Civil Veterinary Dept. Bombay admin report 1923-31 - 1923-1931
Year: 1923
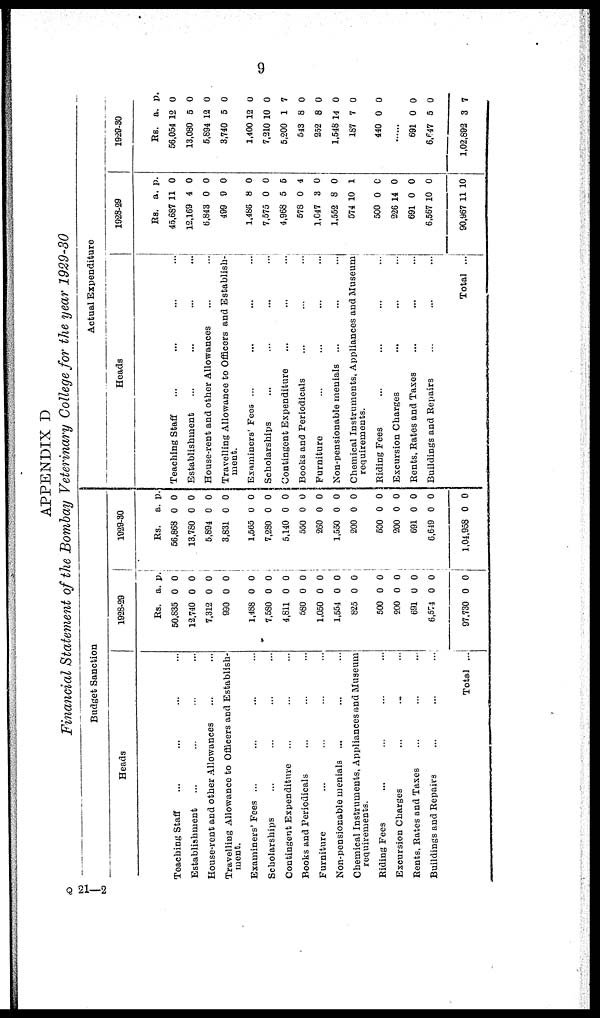
9
APPENDIX D
Financial Statement of the Bombay Veterinary College for the year 1929-30
Budget Sanction
Heads
Teaching Staff ... ... ...
Establishment ... ... ...
House-rent and other Allowances ... ...
Travelling Allowance to Officers and Establish-
ment.
Examiners' Fees ... ... ... ...
Scholarships ... ... ...
Contingent Expenditure ... ... ...
Books and Periodicals ... ... ...
Furniture ... ... ... ...
Non-pensionable menials ... ... ...
Chemical Instruments, Appliances and Museum
requirements.
Biding Fees ... ... ... ...
Excursion Charges ... ... ...
Bents. Bates and Taxes ... ... ...
Buildings and Repairs ... ... ...
Total ...
1928-29
Rs.
50,835
12.740
7,312
990
1,488
7,580
4,811
580
1,050
1,554
825
500
200
691
6,574
97,730
a.
0
0
0
0
0
0
0
0
0
0
0
0
0
0
0
0
p.
0
0
0
0
0
0
0
0
0
0
0
0
0
0
0
0
1029-30
Rs.
56,868
13,780
5,894
3,831
1,565
7,280
5,140
550
260
1,550
200
500
200
691
6,649
1,04,958
a.
0
0
0
0
0
0
0
0
0
0
0
0
0
0
0
0
p.
0
0
0
0
0
0
0
0
0
0
0
0
0
0
0
0
Actual Expenditure
Heads
Teaching Staff ... ... ... ...
Establishment ... ... ... ...
House-rent and other Allowances ... ...
Travelling Allowance to Officers and Establish-
ment.
Examiners' Fees ... ... ... ...
Scholarships ... ... ... ...
Contingent Expenditure ... ... ...
Books and Periodicals ... ... ...
Furniture ... ... ... ...
Non-pensionable menials ... ... ...
Chemical Instruments, Appliances and Museum
requirements.
Biding Fees ... ... ... ...
Excursion Charges ... ... ...
Bents, Bates and Taxes ... ... ...
Buildings and Repairs ... ... ...
Total ...
1928-29
Rs.
45,687
12,169
6,843
499
1,486
7,575
4,968
578
1,047
1,552
574
500
226
691
6,567
90,967
a.
11
4
0
9
8
0
5
0
3
8
10
0
14
0
10
11
p.
0
0
0
0
0
0
5
4
0
0
1
0
0
0
0
10
1929-30
Rs.
56,054
13,080
5,894
3,740
1.400
7,210
5,200
543
252
1,548
187
440
a.
12
5
12
5
12
10
1
8
8
14
7
0
p.
0
0
0
0
0
0
7
0
0
0
0
0
......
691
6,647
1,02,892
0
5
3
0
0
7
Q 21—2